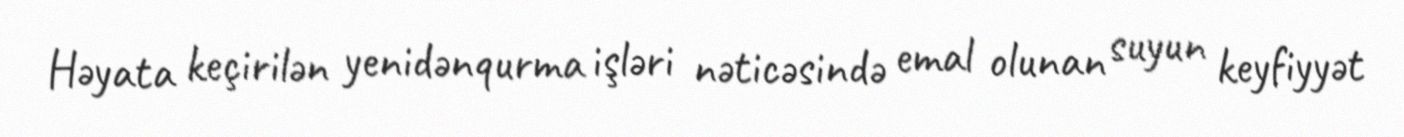
Həyata keçirilən yenidənqurma işləri nəticəsində emal olunan suyun keyfiyyət